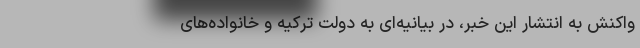
واکنش به انتشار این خبر، در بیانیه‌ای به دولت ترکیه و خانواده‌های